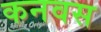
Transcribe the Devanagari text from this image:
कनवस